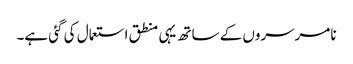
نامرسروں کے ساتھ یہی منطق استعمال کی گئی ہے۔